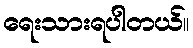
ရေးသားရပါတယ်။